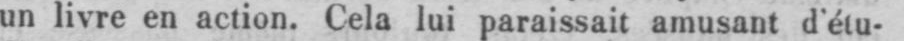
un livre en action. Cela lui paraissait amusant d’étu-